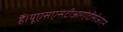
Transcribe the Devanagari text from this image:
हैं।यूएसएसटीआरऐटीसीओएम्